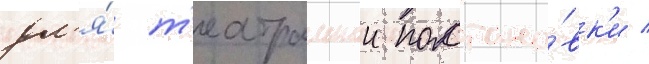
дл'я́ т'еатральнои постано́вк'и /